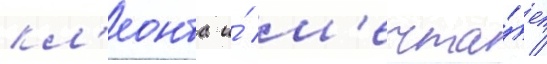
кл'еонта и́ м'ечта́ет /